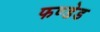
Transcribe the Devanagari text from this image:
फण्डेड